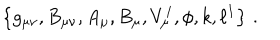
\left\{ g _ { \mu \nu } , B _ { \mu \nu } , A _ { \mu } , B _ { \mu } , V _ { \mu } ^ { I } , \phi , k , \ell ^ { I } \right\} \, .